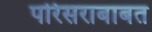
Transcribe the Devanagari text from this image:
परिसराबाबत